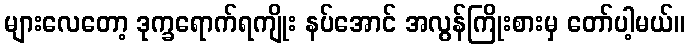
များလေတော့ ဒုက္ခရောက်ရကျိုး နပ်အောင် အလွန်ကြိုးစားမှ တော်ပါ့မယ်။